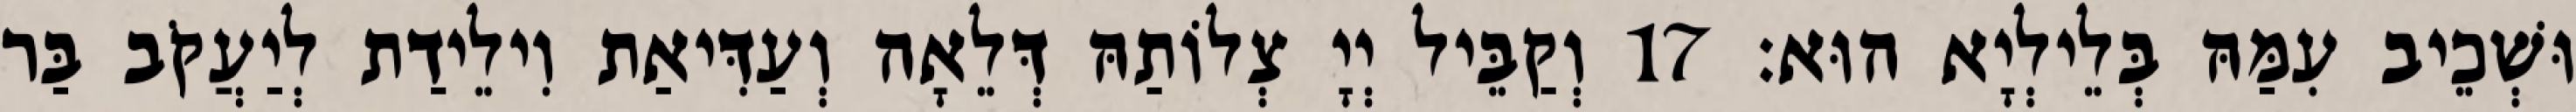
וּשְׁכֵיב עִמַּהּ בְּלֵילְיָא הוּא׃ 17 וְקַבֵּיל יְיָ צְלוֹתַהּ דְּלֵאָה וְעַדִּיאַת וִילֵידַת לְיַעֲקֹב בַּר